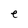
Character: e